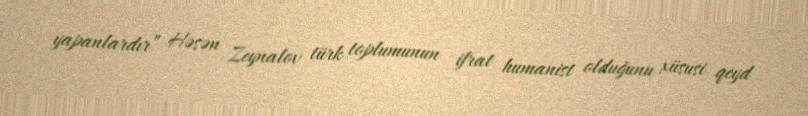
yapanlardır” Həsən Zeynalov türk toplumunun ifrat humanist olduğunu xüsusi qeyd